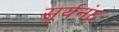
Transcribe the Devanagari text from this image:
सूर्यनंद